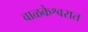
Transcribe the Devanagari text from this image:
वाळकेश्वरात